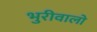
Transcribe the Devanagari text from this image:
भुरीवालो